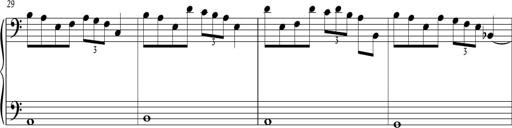
Title: Sonatina in C major
Composer: Or Vaitzman
Key: C major